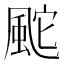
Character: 䬁